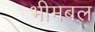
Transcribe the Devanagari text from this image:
भीमबल